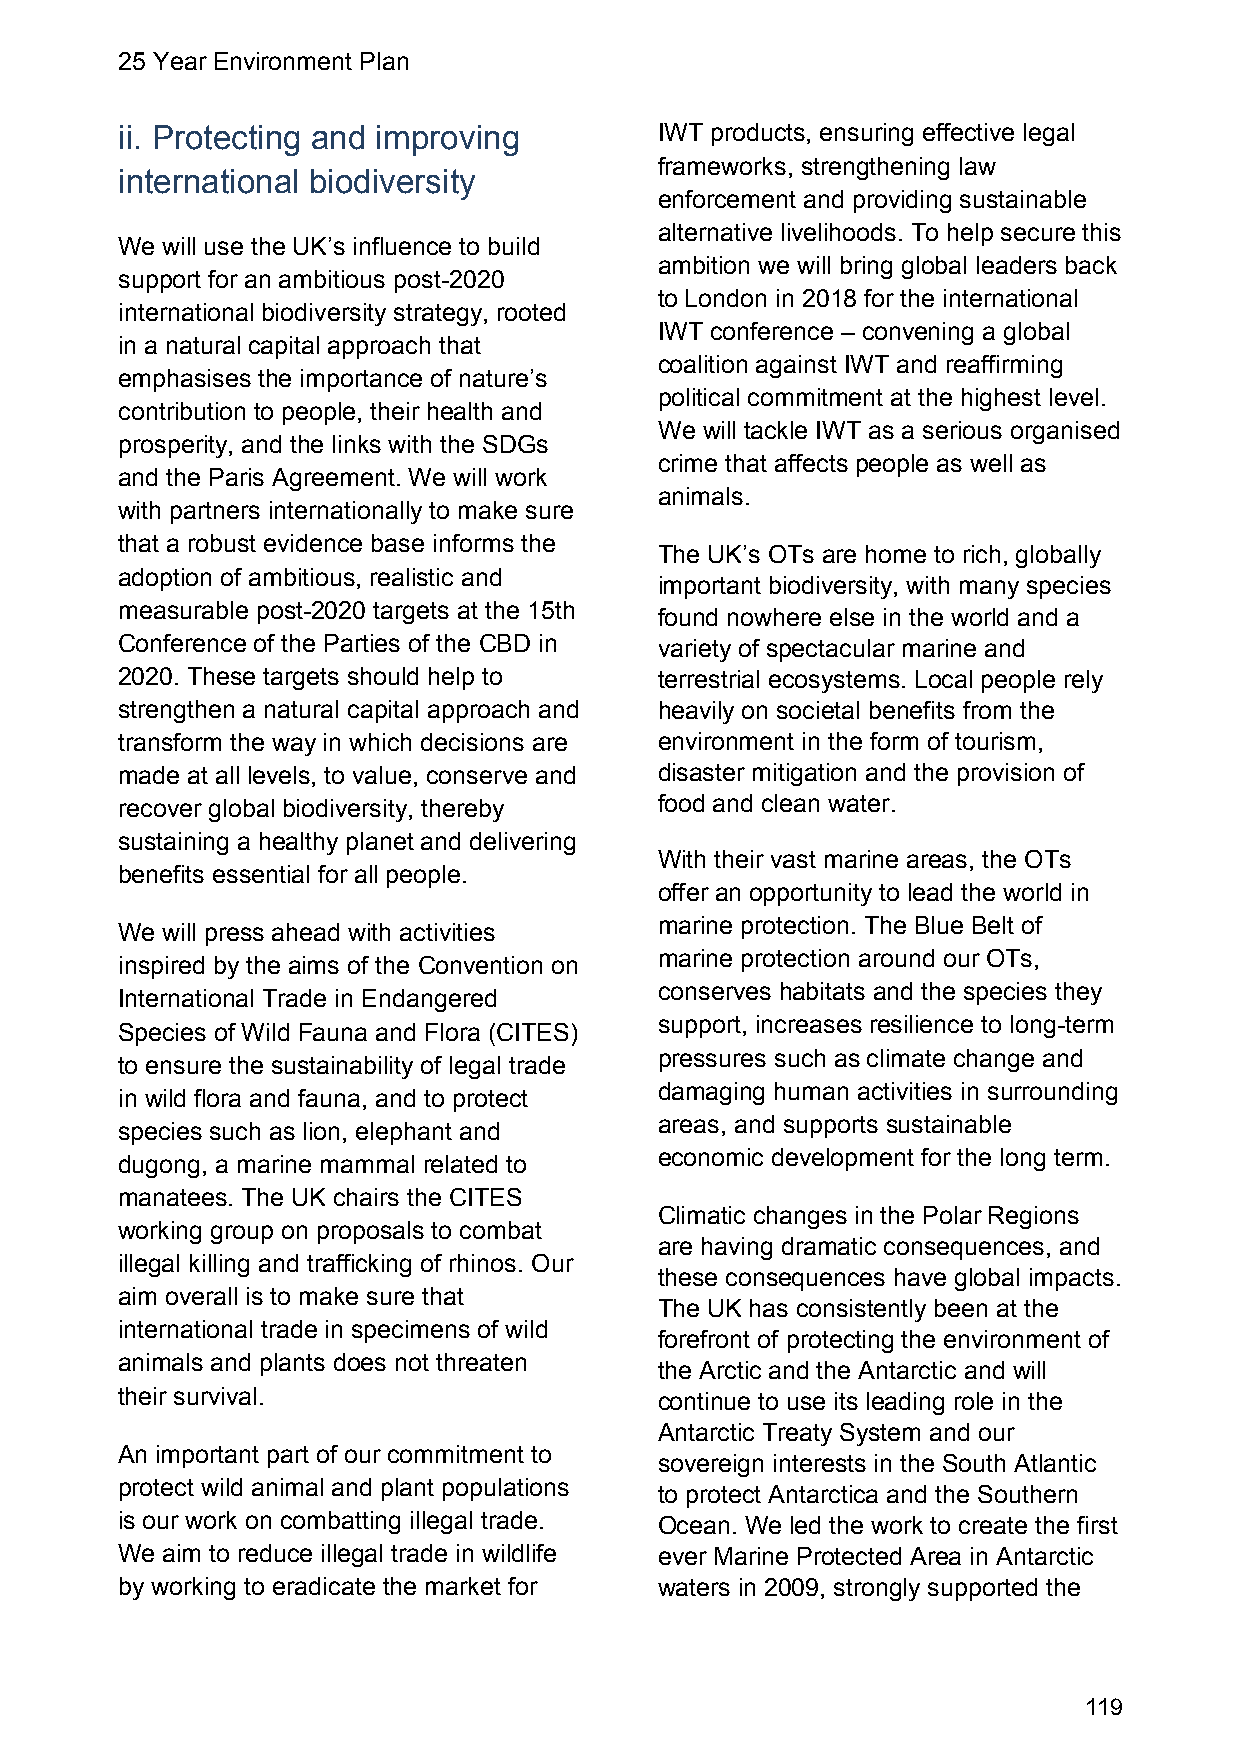
25 Year Environment Plan
 ii. Protecting and improving        IWT products, ensuring effective legal
 frameworks, strengthening law
 international biodiversity
 enforcement and providing sustainable
 alternative livelihoods. To help secure this
 We will use the UK’s influence to build
 ambition we will bring global leaders back
 support for an ambitious post-2020
 to London in 2018 for the international
 international biodiversity strategy, rooted
 IWT conference – convening a global
 in a natural capital approach that
 coalition against IWT and reaffirming
 emphasises the importance of nature’s
 political commitment at the highest level.
 contribution to people, their health and
 We will tackle IWT as a serious organised
 prosperity, and the links with the SDGs
 crime that affects people as well as
 and the Paris Agreement. We will work
 animals.
 with partners internationally to make sure
 that a robust evidence base informs the
 The UK’s OTs are home to rich, globally
 adoption of ambitious, realistic and
 important biodiversity, with many species
 measurable post-2020 targets at the 15th
 found nowhere else in the world and a
 Conference of the Parties of the CBD in variety of spectacular marine and
 2020. These targets should help to  terrestrial ecosystems. Local people rely
 strengthen a natural capital approach and heavily on societal benefits from the
 transform the way in which decisions are environment in the form of tourism,
 made at all levels, to value, conserve and disaster mitigation and the provision of
 recover global biodiversity, thereby food and clean water.
 sustaining a healthy planet and delivering
 With their vast marine areas, the OTs
 benefits essential for all people.
 offer an opportunity to lead the world in
 marine protection. The Blue Belt of
 We will press ahead with activities
 marine protection around our OTs,
 inspired by the aims of the Convention on
 conserves habitats and the species they
 International Trade in Endangered
 support, increases resilience to long-term
 Species of Wild Fauna and Flora (CITES)
 pressures such as climate change and
 to ensure the sustainability of legal trade
 damaging human activities in surrounding
 in wild flora and fauna, and to protect
 areas, and supports sustainable
 species such as lion, elephant and
 economic development for the long term.
 dugong, a marine mammal related to
 manatees. The UK chairs the CITES
 Climatic changes in the Polar Regions
 working group on proposals to combat
 are having dramatic consequences, and
 illegal killing and trafficking of rhinos. Our
 these consequences have global impacts.
 aim overall is to make sure that
 The UK has consistently been at the
 international trade in specimens of wild
 forefront of protecting the environment of
 animals and plants does not threaten
 the Arctic and the Antarctic and will
 their survival.                     continue to use its leading role in the
 Antarctic Treaty System and our
 An important part of our commitment to
 sovereign interests in the South Atlantic
 protect wild animal and plant populations
 to protect Antarctica and the Southern
 is our work on combatting illegal trade. Ocean. We led the work to create the first
 We aim to reduce illegal trade in wildlife ever Marine Protected Area in Antarctic
 by working to eradicate the market for waters in 2009, strongly supported the
 119